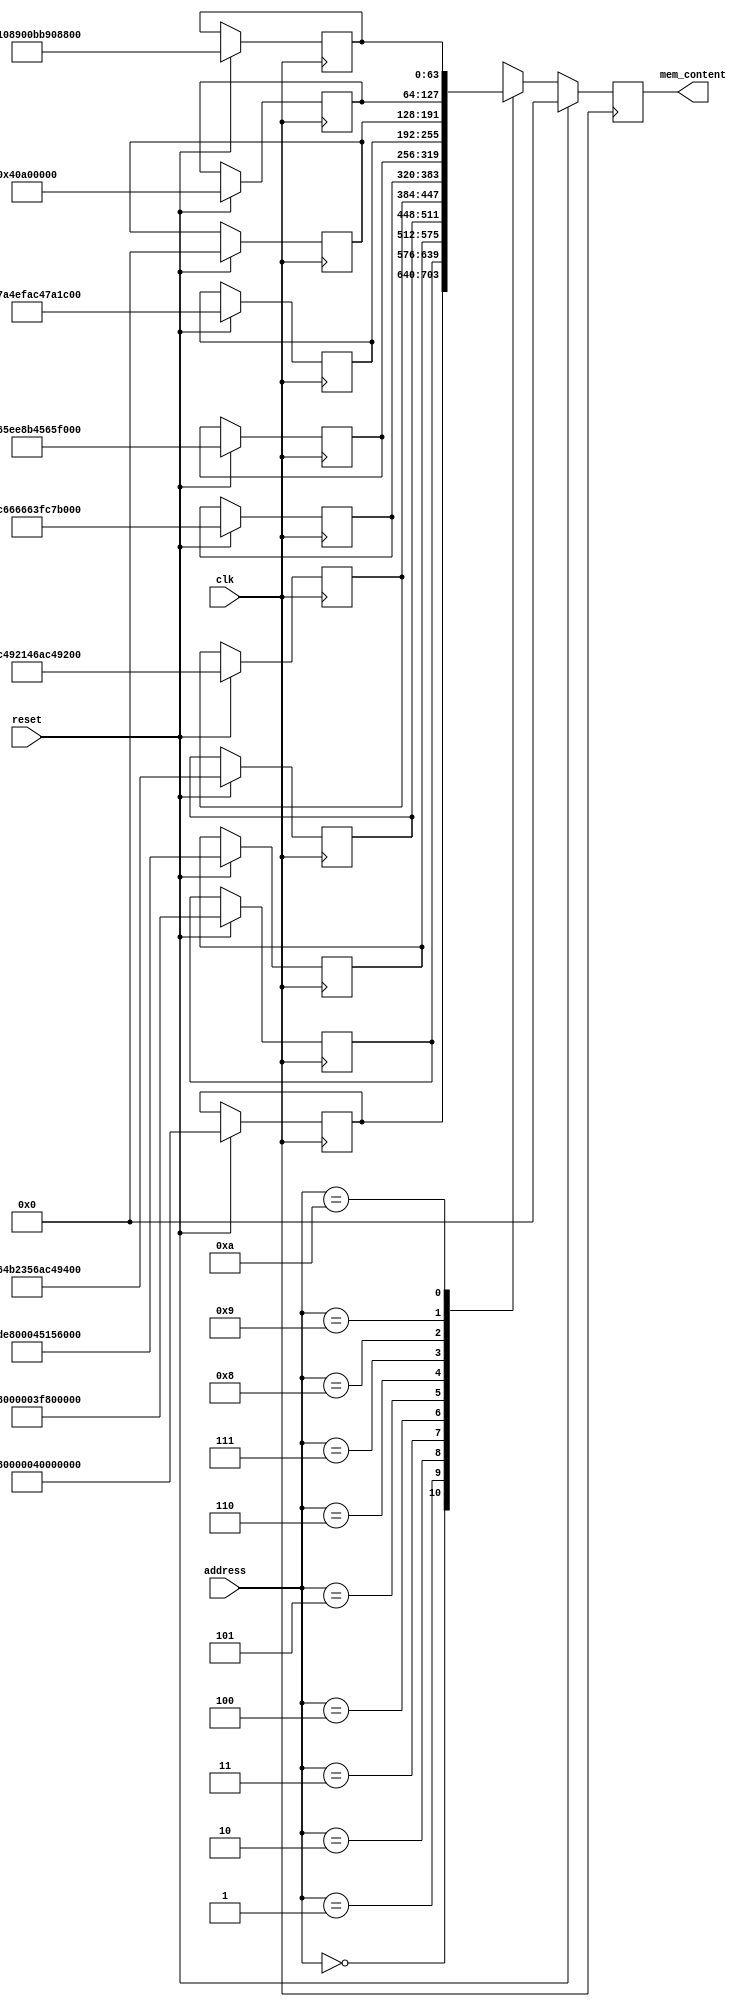
//*************************************************//
//             University of Thessaly              //
//                                                 //
//            ECE 340 Embedded Systems             //
//                                                 //
//                      Lab 1                      //
//       32-bit Floating Point Addition Unit       //
//*************************************************//
//          Topali Konstantina AEM: 2823           //
//                                                 //
// Contact: kyspyridon@uth.gr                      //
//          tokonstantina@uth.gr                   //
//*************************************************//
// Supervising Professor: Dr. Nikolaos Bellas      //
// Laboratory Assistant: Alexandros Patras         //
//*************************************************//

`timescale 1ns/10ps

module memory(clk, reset, address, mem_content);
  input clk, reset;
  input [3:0] address;
  reg [63:0] mem [10:0];

  output reg [63:0] mem_content;

  // initializing memory //
  always @(posedge clk)
    begin
      if (reset == 1'b1)
        begin
          mem['d0] = 64'h3f800000_40000000;
          mem['d1] = 64'hbf800000_3f800000;
          mem['d2] = 64'hc2de8000_45155e00;
          mem['d3] = 64'h6b64b235_6ac49214;
          mem['d4] = 64'h2ac49214_6ac49214;
          mem['d5] = 64'hbfc66666_3fc7ae14;
          mem['d6] = 64'hc565ee8b_4565ee8a;
          mem['d7] = 64'h447a4efa_c47a1ccd;
          mem['d8] = 64'h00000000_00000000;
          mem['d9] = 64'h00000000_40a00000;
          mem['d10] = 64'h38108900_bb908900;
        end
    end

  always @(posedge clk)
    begin
      if (reset == 1'b1)
        begin
          mem_content <= 64'b0;
        end
      else
        begin
          mem_content <= mem[address];
        end
    end
endmodule